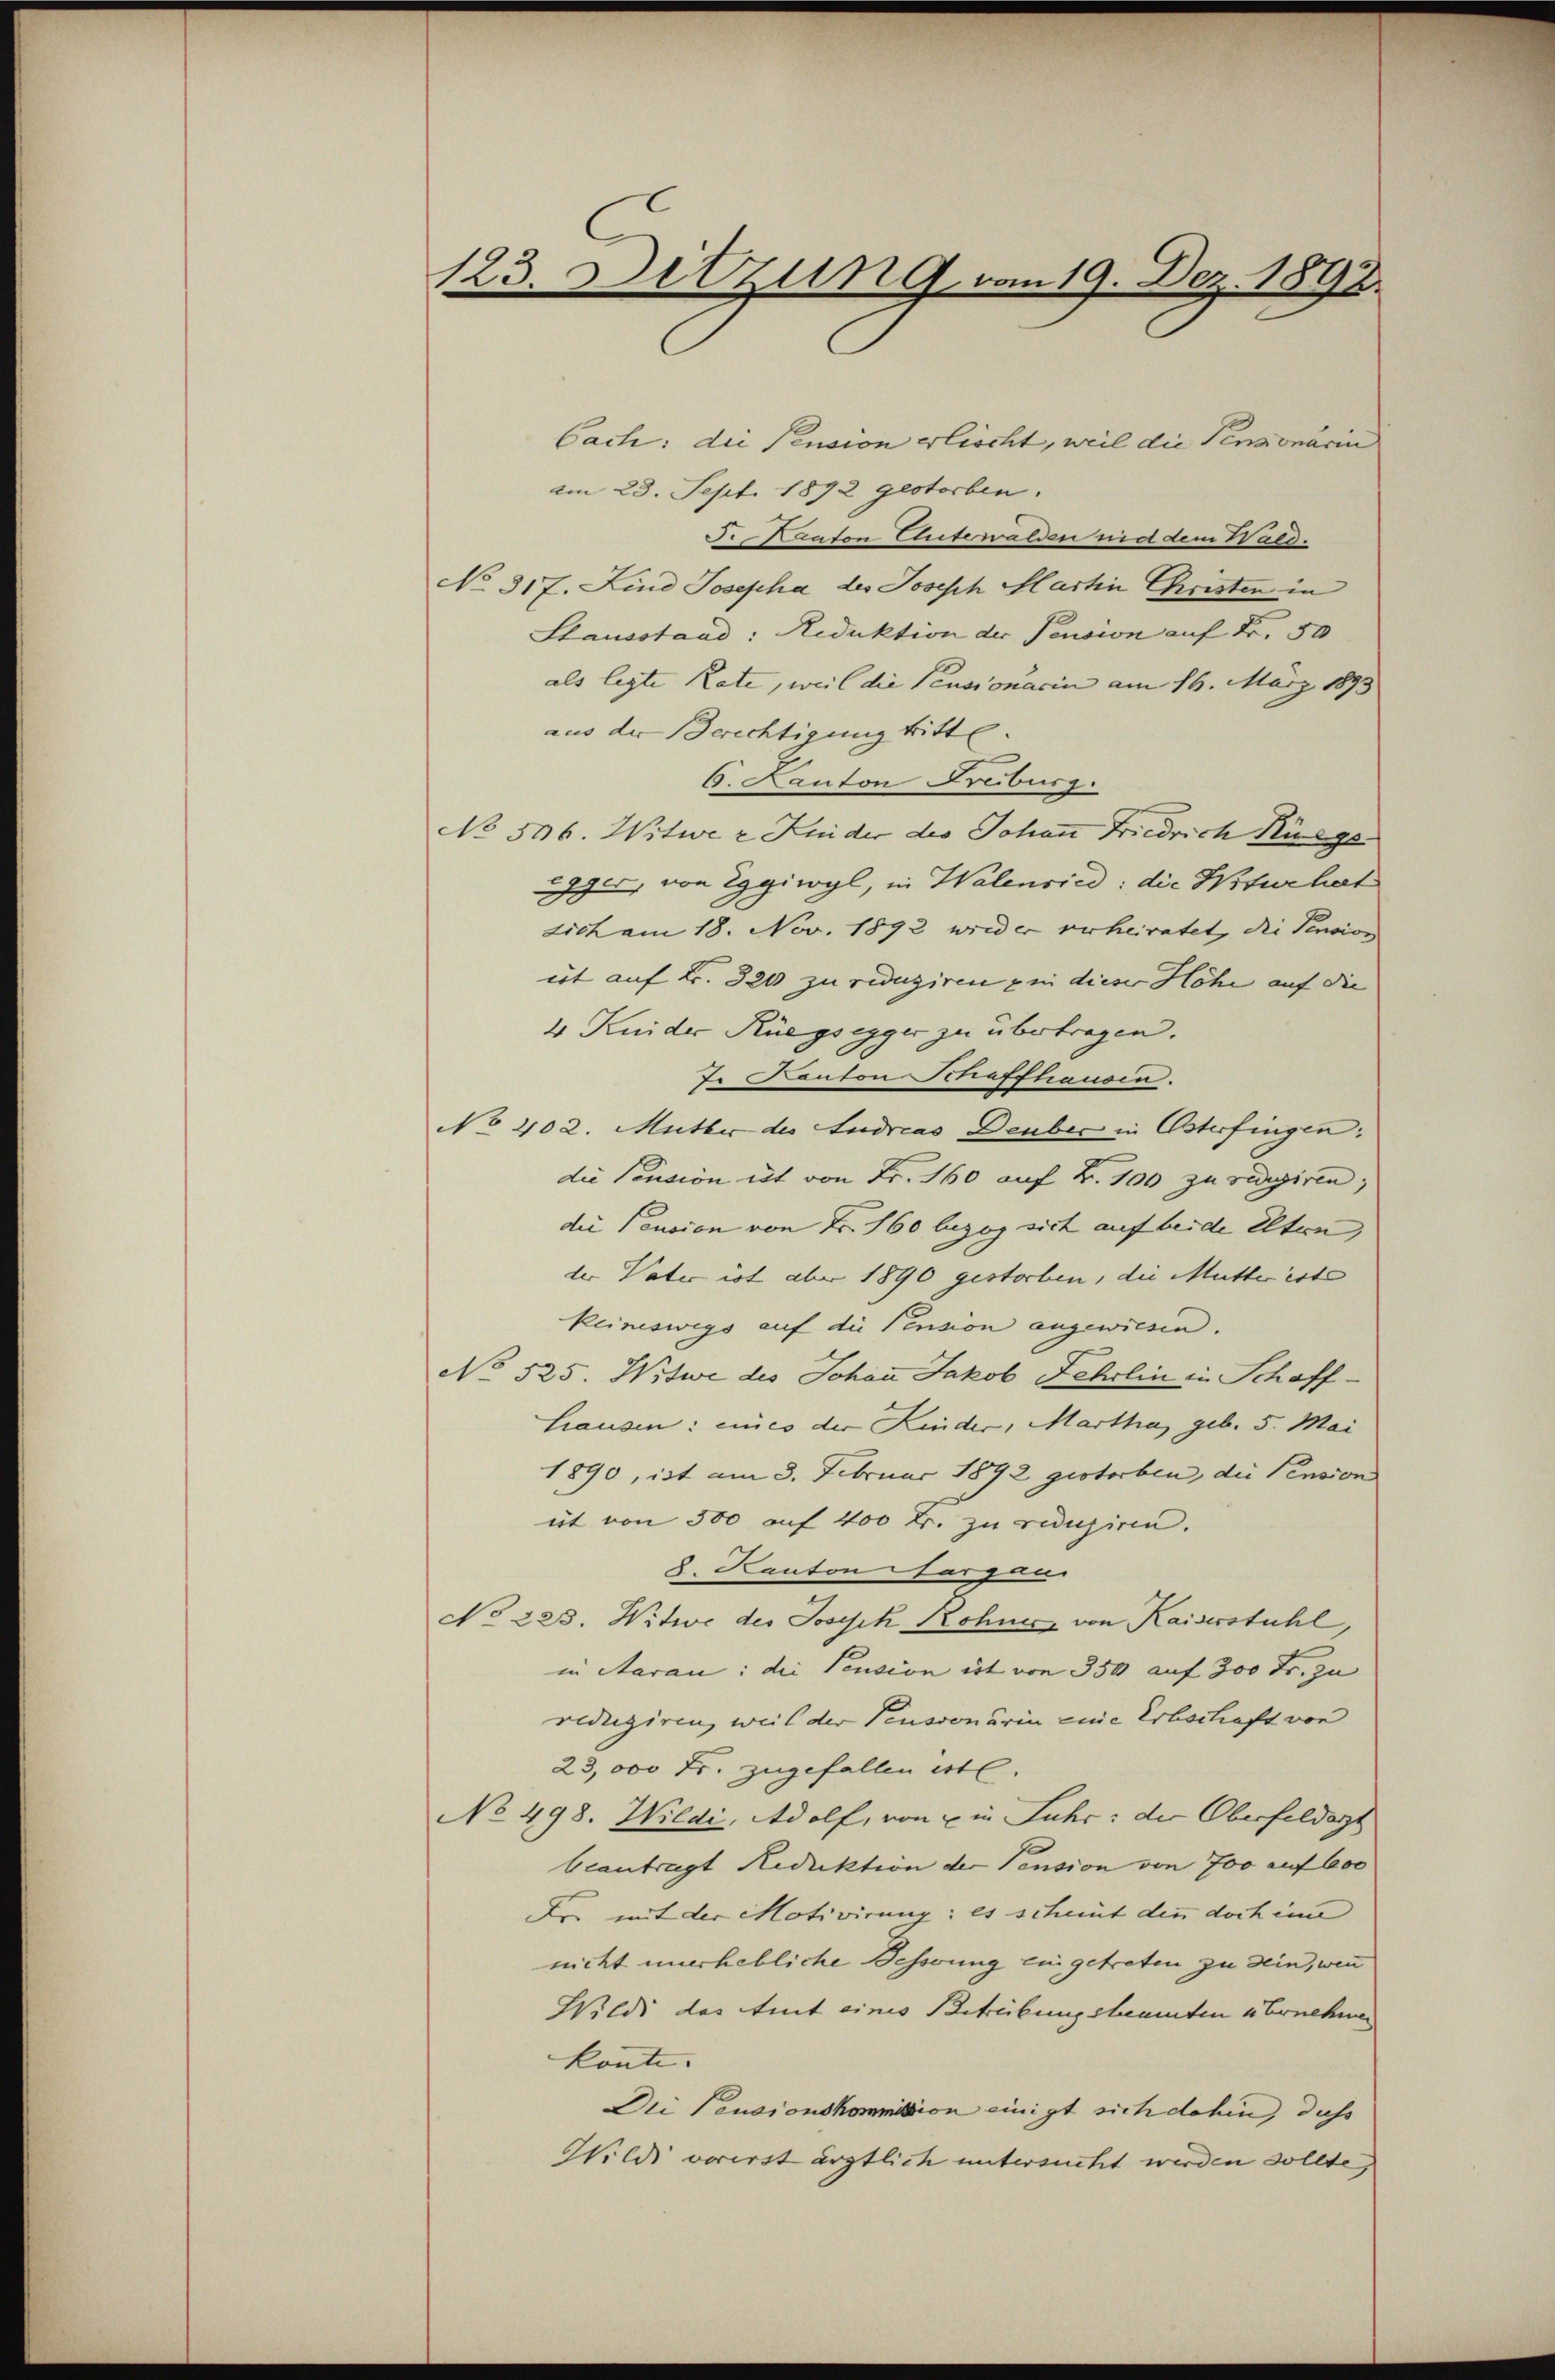
123. Sitzung vom 19. Dez. 1892.

Cach: die Pension erlischt, weil die Penzonariu
am 23. Sept. 1892 gestorben.
J. Kanton Unterwalden nid dem Wald.
No 317. Lind Josepha des Joseph Hartin Christen in
Stausstaad: Reduktion der Pension auf Fr. 50
als legte Rate, weil die Pensionarin am 16. März 1893
aus der Berichtigung tritte.
6. Kanton Freiburg.
No 506. Witwe r Kinder des Johann Friedrich Bürge
gger, von Eggiwyl, in Walensied: die Witur hat
dich am 18. Nov. 1892 wird er verheiratet, die Pension
it auf Fr. 320 zu reduziren & in dieser Höhe auf die
4 Kuider Rüegsegger zu übertragen.
J. Kanton Schaffhausen.
No 402. Mutter des Ludreas Deuber in Osterfingen:
die Pension et von Fr. 160 auf Fr. 100 zu redigiren,
die Pension von Fr. 160 luzog sich auf beide Eltern,
der Vater ist aber 1890 gestorben, die Mutter ist
keineswegs auf die Pension angewiesen.
No 525. Witwe des Johan Jakob Fehrlin in Schaff¬
Hausen: eines der Kinder, Martha, geb. 5. Mai
1890, ist am 8. Februar 1892 gestorben, die Pension
üt von 500 auf 400 Fr. zu reduziren.
8. Kanton Sargan
No 223. Witwe des Joseph Rohne von Kaiserstuhl,
in Aaran: die Pension ist von 350 auf 300 Fr. zu
reduziren, weil der Pensionärin eine Erbschaft von
23,000 Fr. zugefallen ist.
No 498. Wildi, Adolf, von u in Fuhr: der Oberfeldert
beantragt Reduktion der Pension von 700 auf 600
Dr. mit der Motivirung: es scheint den doch im
nicht unerhebliche Besserung eingetreten zu sein, wenn
Wildi das Amt eines Betreibungshemmten u Ernehmen
konte. |
Dei Pensionskommission einigt sich dahin, dass
Wildi vorerst ärztlich untersucht werden sollte,